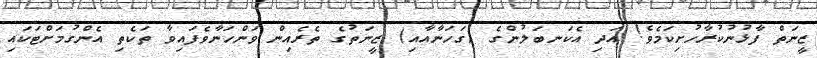
ޒީނަތް ފާޅުނުކުރާހުށިކަމެވެ! އަދި އެކަނބަލުންގެ (ގަހަނާއާއި) ޒީނަތުގެ ތެރެއިން ވަންހަނާވެފައިވާ ތަކެތި އެންގުމަށްޓަކައި